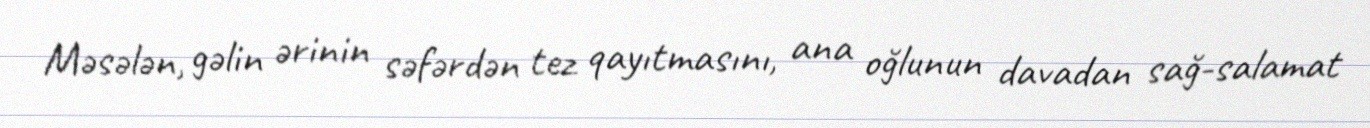
Məsələn, gəlin ərinin səfərdən tez qayıtmasını, ana oğlunun davadan sağ-salamat